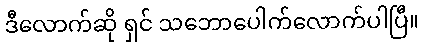
ဒီလောက်ဆို ရှင် သဘောပေါက်လောက်ပါပြီ။